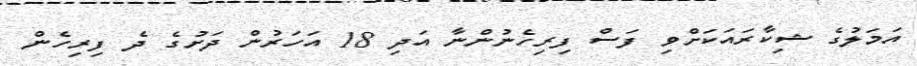
އަމަލުގެ ޝިކާރައަކަށްވި ފަސް ފިރިހެނުންނާ އަދި 18 އަހަރުން ދަށުގެ ދެ ފިރިހެން